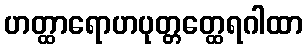
ဟတ္ထာရောဟပုတ္တတ္ထေရဂါထာ